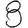
Digit: 8